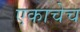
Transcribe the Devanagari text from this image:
एकाचेच